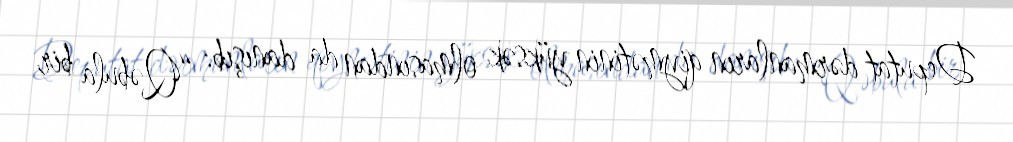
Deputat dərmanların qiymətinin yüksək olmasından da danışıb: “Qəbula bir